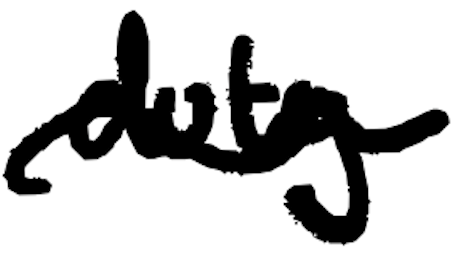
Text: duty
Cross-out: wave
Writing tool: digital_black